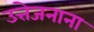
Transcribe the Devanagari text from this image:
उत्तेजनाना